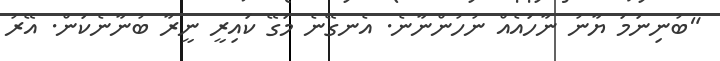
"ބުނިނަމަ ޔާނު ނާހައެއް ނުހުންނާނެ. އެނގޭނެ މަގޭ ކައިރީ ނީރާ ބުނާނެކަން. އޭރު